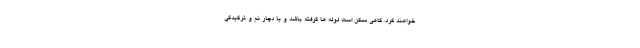
خواهند کرد. گاهی ممکن است لوله ها گرفته باشد و یا دچار نم و ترکیدگی